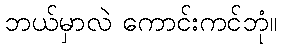
ဘယ်မှာလဲ ကောင်းကင်ဘုံ။